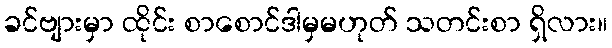
ခင်ဗျားမှာ ထိုင်း စာစောင်ဒါမှမဟုတ် သတင်းစာ ရှိလား။